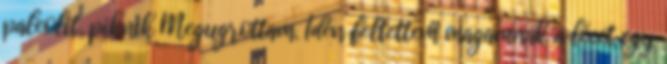
paleolit, piknik Megugrottam. Idén feltettem magamnak a lécet egy